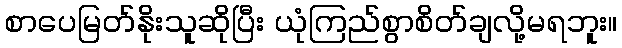
စာပေမြတ်နိုးသူဆိုပြီး ယုံကြည်စွာစိတ်ချလို့မရဘူး။